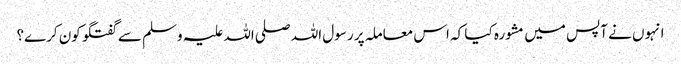
انہوں نے آپس میں مشورہ کیا کہ اس معاملہ پر رسول اللہ صلی اللہ علیہ وسلم سے گفتگو کون کرے؟